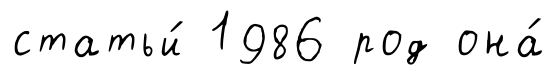
статьи́ 1986 род она́